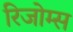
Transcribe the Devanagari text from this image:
रिजोम्‍स